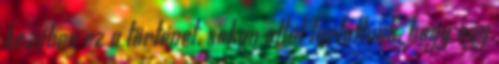
kezében ez a történet, sokan attól tartottunk, hogy egy